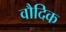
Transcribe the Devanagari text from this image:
वौदिक